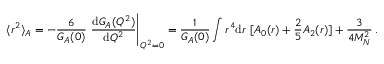
\langle r ^ { 2 } \rangle _ { A } = - \frac { 6 } { G _ { A } ( 0 ) } \ \frac { \mathrm { d } G _ { A } ( Q ^ { 2 } ) } { \mathrm { d } Q ^ { 2 } } \Bigg \vert _ { Q ^ { 2 } = 0 } = \frac { 1 } { G _ { A } ( 0 ) } \int r ^ { 4 } \mathrm { d } r \ [ A _ { 0 } ( r ) + \frac { 2 } { 5 } A _ { 2 } ( r ) ] + \frac { 3 } { 4 M _ { N } ^ { 2 } } \, .